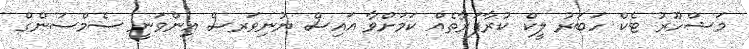
މަޝްހޫރު ޓެކް ހަބަރު ލީކް ކުރާފަރާތެއް ކަމަށްވާ އައިސް ޔުނިވަރސް އިންވަނީ ސެމްސަންގް